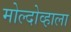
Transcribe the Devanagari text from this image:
मोल्दोव्हाला